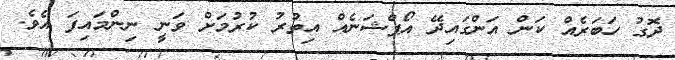
ދޮގު ހަބަރެއް ކަން އަންގައިދޭ އޯޕްޝަނެއް އިތުރު ކުރުމަށް ވަނީ ނިންމައިފަ އެވެ.